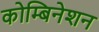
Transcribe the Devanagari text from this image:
कोम्बिनेशन